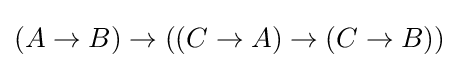
(A\to B)\to ((C\to A)\to (C\to B))